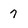
Character: 7